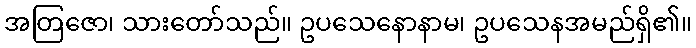
အတြဇော၊ သားတော်သည်။ ဥပသေနောနာမ၊ ဥပသေနအမည်ရှိ၏။